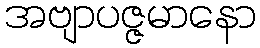
အဗျာပဇ္ဇမာနော